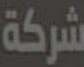
شركة